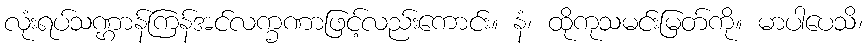
လုံးရပ်သဏ္ဌာန်ကြန်အင်လက္ခဏာဖြင့်လည်းကောင်း။ နံ၊ ထိုကုသမင်းမြတ်ကို။ မာပါပေသိ၊